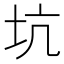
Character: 坑